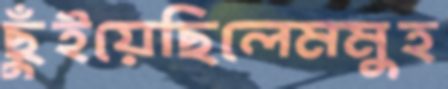
ছুঁইয়েছিলেমমুহ